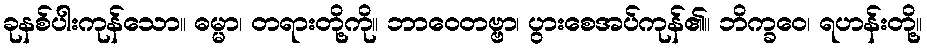
ခုနစ်ပါးကုန်သော။ ဓမ္မာ၊ တရားတို့ကို။ ဘာဝေတဗ္ဗာ၊ ပွားစေအပ်ကုန်၏။ ဘိက္ခဝေ၊ ရဟန်းတို့။